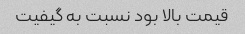
قیمت بالا بود نسبت به گیفیت